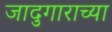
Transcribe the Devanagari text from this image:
जादुगाराच्या